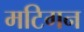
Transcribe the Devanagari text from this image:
मटिगन